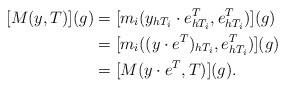
\begin{align*} [M(y,T)](g) &= [m_i(y_{h T_i} \cdot e^T_{h T_i},e^T_{h T_i})](g)\\ &= [m_i((y \cdot e^T)_{h T_i},e^T_{h T_i})](g)\\ &= [M(y \cdot e^T,T)](g). \end{align*}